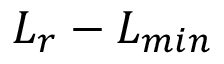
L _ { r } - L _ { m i n }